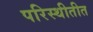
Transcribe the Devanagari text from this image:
परिस्थीतीत